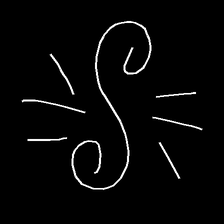
Glyph: wind-directs-air